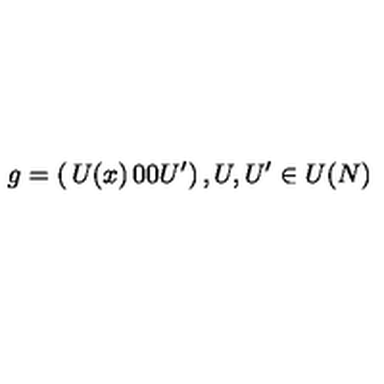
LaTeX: g = \left( \begin{matrix} { U ( x ) } & { 0 } \\ { 0 } & { U ^ { \prime } } \\ \end{matrix} \right) , U , U ^ { \prime } \in U ( N )